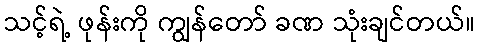
သင့်ရဲ့ ဖုန်းကို ကျွန်တော် ခဏ သုံးချင်တယ်။